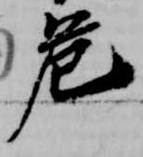
危